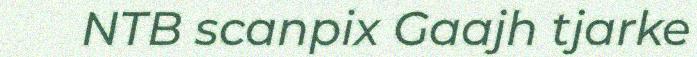
NTB scanpix Gaajh tjarke